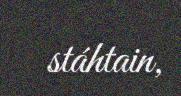
stáhtain,